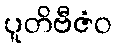
ပူတိဗီဇံဝ